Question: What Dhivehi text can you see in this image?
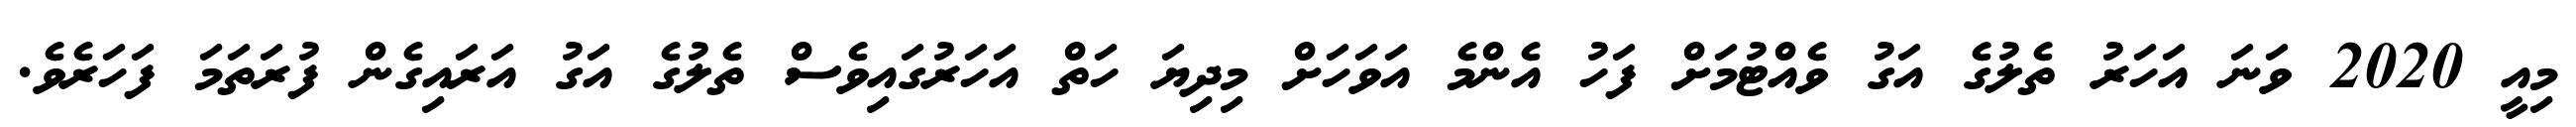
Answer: މިއީ 2020 ވަނަ އަހަރު ތެލުގެ އަގު ވެއްޓުމަށް ފަހު އެންމެ އަވަހަށް މިދިޔަ ހަތް އަހަރުގައިވެސް ތެލުގެ އަގު އަރައިގެން ފުރަތަމަ ފަހަރެވެ.